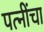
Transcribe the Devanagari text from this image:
पत्नींचा